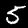
Digit: 5